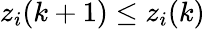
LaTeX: z_{i}(k+1)\leq z_{i}(k)